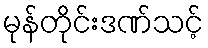
မုန်တိုင်းဒဏ်သင့်